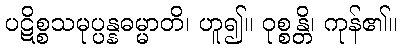
ပဋိစ္စသမုပ္ပန္နဓမ္မာတိ၊ ဟူ၍။ ဝုစ္စန္တိ၊ ကုန်၏။